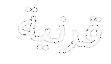
قرنية